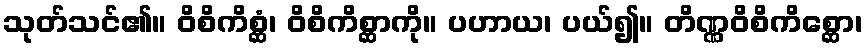
သုတ်သင်၏။ ဝိစိကိစ္ဆံ၊ ဝိစိကိစ္ဆာကို။ ပဟာယ၊ ပယ်၍။ တိဏ္ဏဝိစိကိစ္ဆော၊